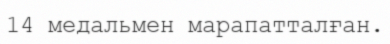
14 медальмен марапатталған.